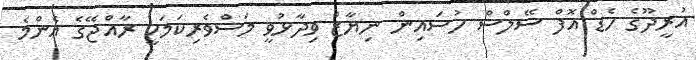
އުރީދޫގެ ހެޑް އޮފް ސޭލްސް ހުސައިން ނިޔާޒް ވިދާޅުވީ މަސްވެރިކަމަކީ ރާއްޖޭގެ އެންމެ